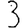
Digit: 3